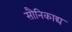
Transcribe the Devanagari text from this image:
सौनिकाद्य